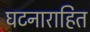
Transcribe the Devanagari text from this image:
घटनाराहित